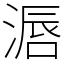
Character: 滣